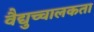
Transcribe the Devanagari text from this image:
वैद्युच्चालकता